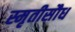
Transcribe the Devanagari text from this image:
स्मृतीसौध